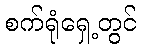
စက်ရုံရှေ့တွင်